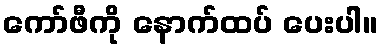
ကော်ဖီကို နောက်ထပ် ပေးပါ။